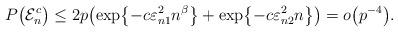
LaTeX: \begin{align*}P\bigl(\mathcal{E}_n^c\bigr) \leq2p \bigl( \exp\bigl\{-c\varepsilon_{n1}^2 n^{\beta}\bigr\} +\exp\bigl\{-c\varepsilon _{n2}^2 n \bigr\} \bigr) = o\bigl(p^{-4}\bigr).\end{align*}